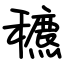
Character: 穮